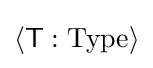
\langle {\textsf {T}}:{\text{Type}}\rangle